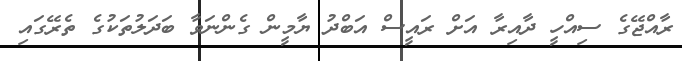
ރާއްޖޭގެ ސިއްހީ ދާއިރާ އަށް ރައީސް އަބްދު ޔާމީން ގެންނަވާ ބަދަލުތަކުގެ ތެރޭގައި